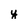
Character: y